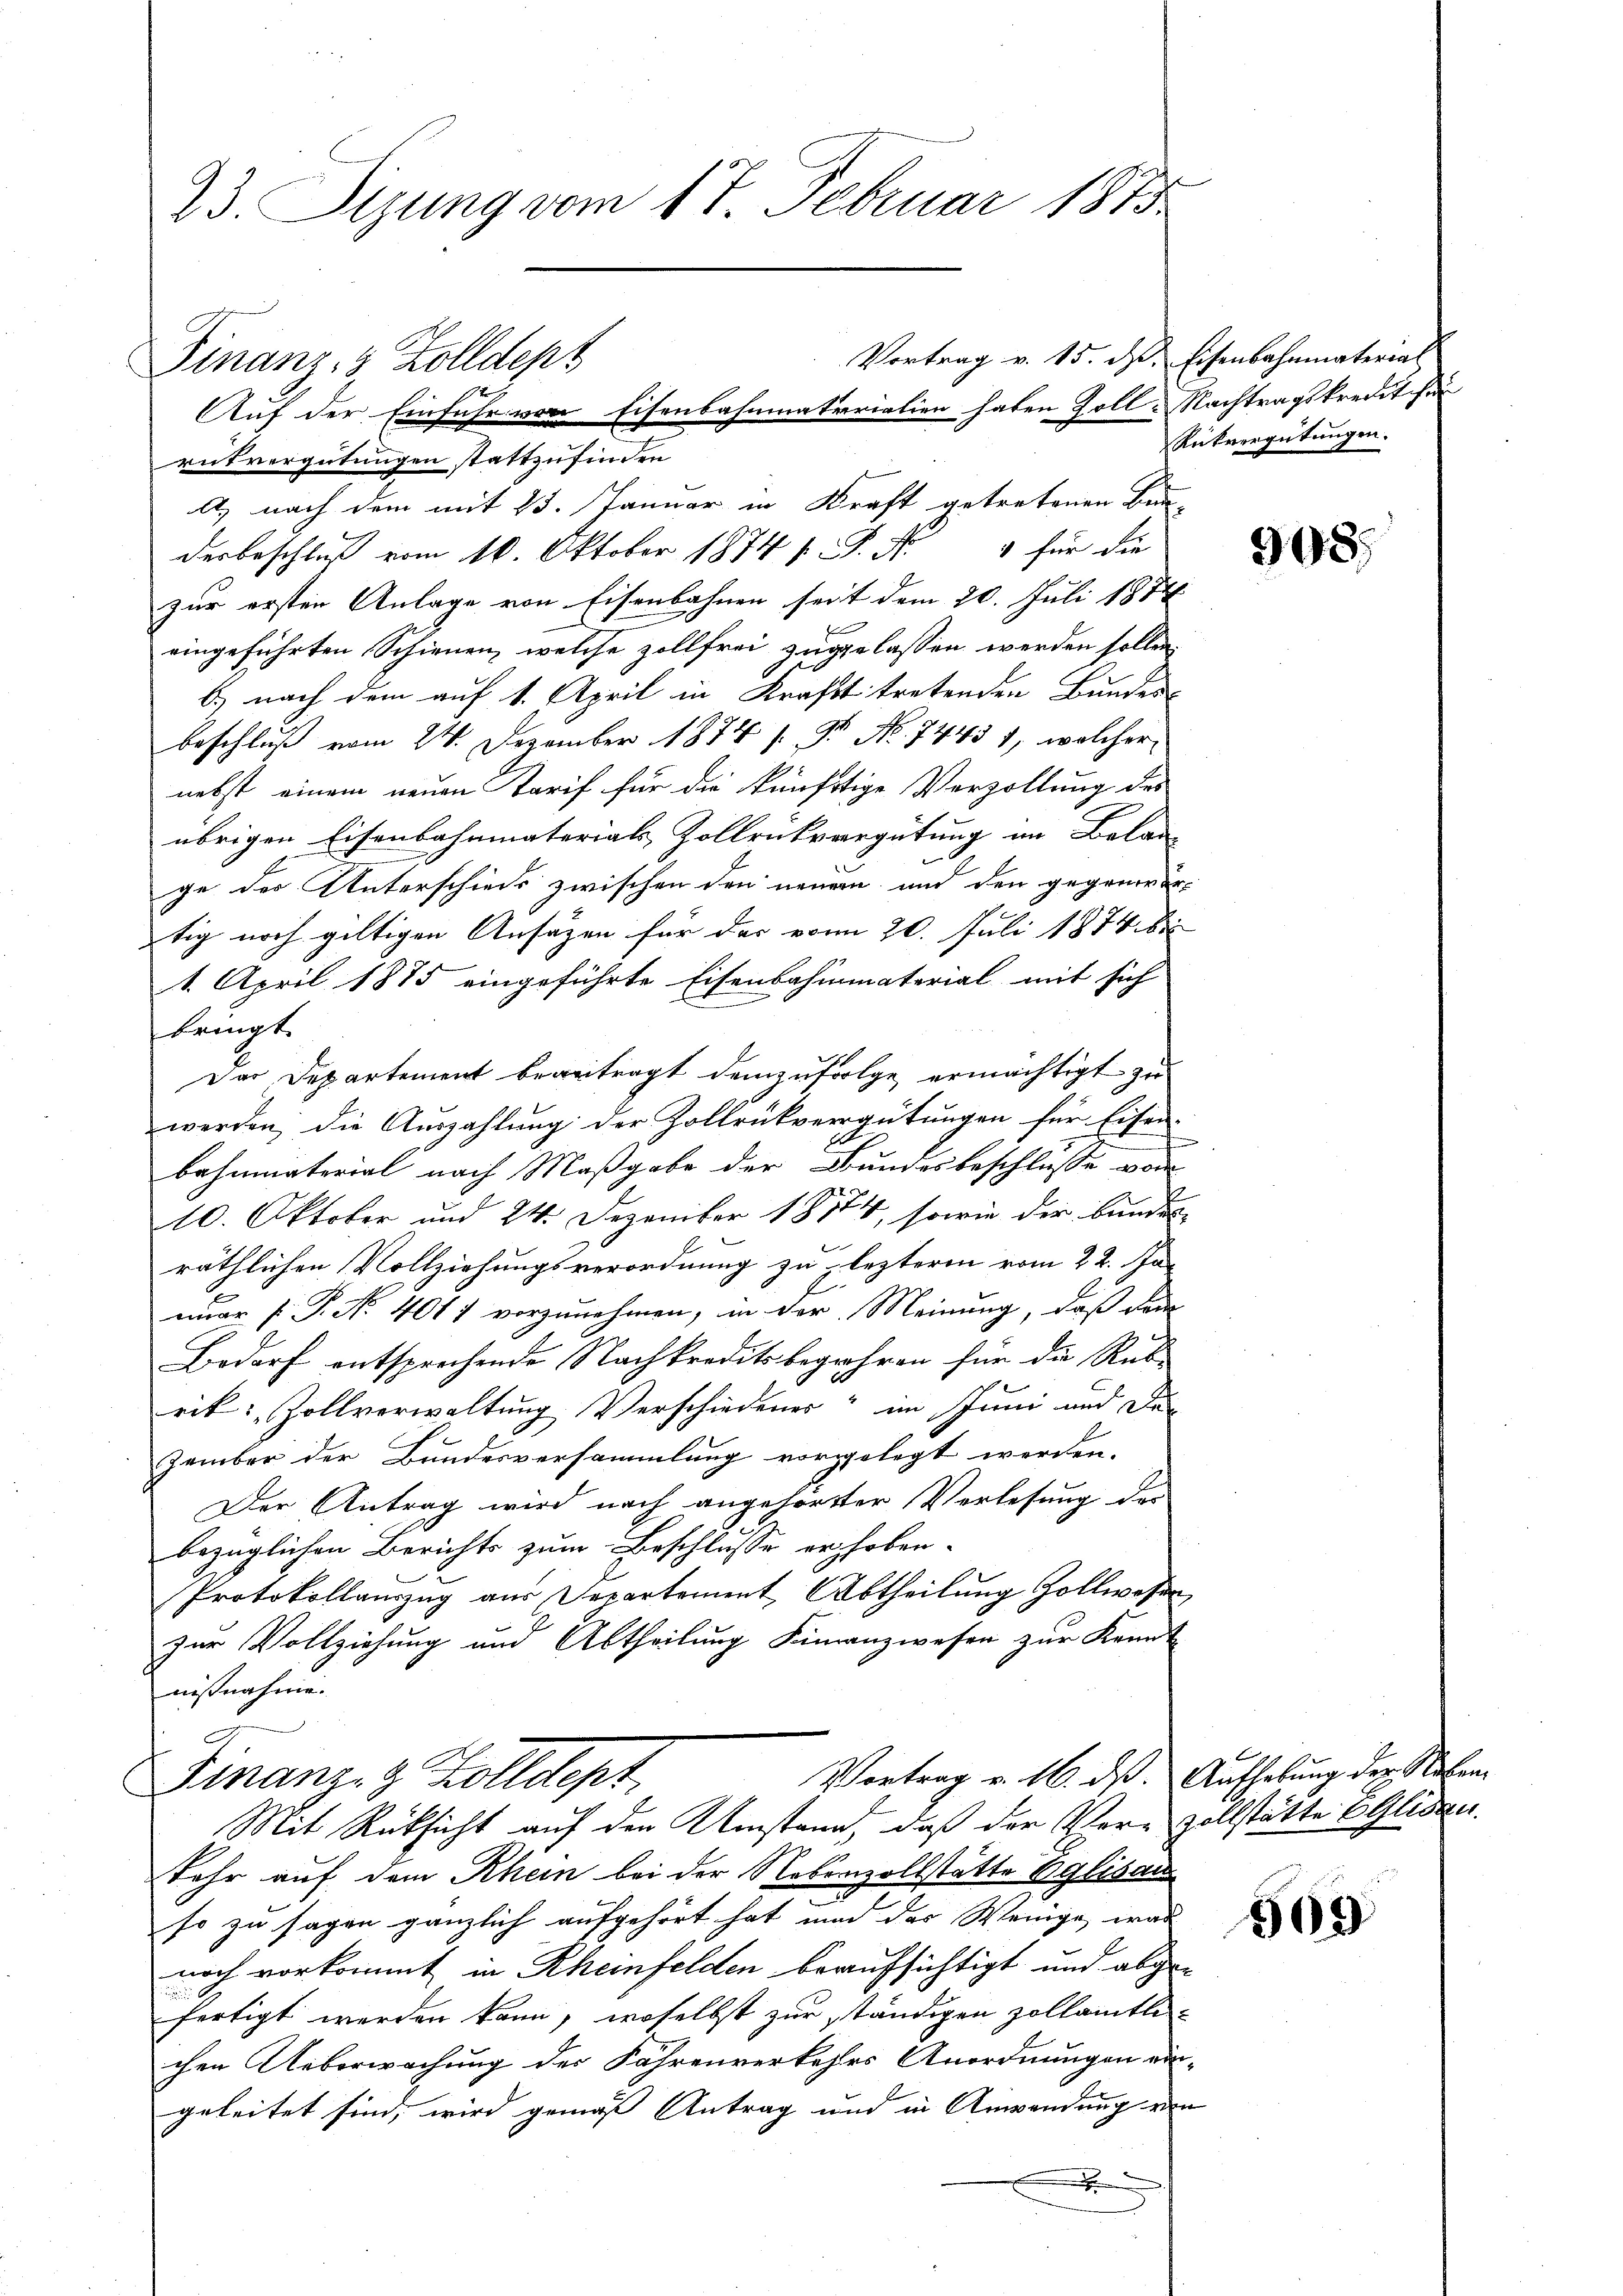
23 Sizung vom 17. Februar 1813.

Vortrag v. 15. ds. Eisenbahnmaterial
Finanz- & Zolldept
Auf der Einfuhr von Eisenbahnmaterialien haben Zoll-Nachtragskredit für

rutvergütungen stattzufinden
A.) nach dem mit 25. Januar in Kraft getretenen Bun-
derbeschluß vom 10. Oktober 1874 f. P. Nr. 4 für die
zur ersten Anlage von Eisenbahnen seit dem 20. Juli 1872
eingeführten Schienen, welche zollfrei zugelassen werden sollen,
6
b.) nach dem auf 1. April in Kraft tretenden Bundes-
beschluß vom 24. Dezember 1874 s. Fr. No. 74451, welcher
nebst einem neuen Tarif für die künftige Verzollung des
übrigen Eisenbahnmaterials Zollrükvergütung im Belan
ge der Unterschieds zwischen den neuern und den gegenwärtig noch giltigen Ansätzen für der vom 20. Juli 1874 bis
1. April 1875 eingeführte Eisenbahnmaterial mit sich
bringt.
Der Departement beantragt demzufolge ermächtigt zu
werden, die Auszahlung der Zollrükvergütungen für Eisen-
bahumaterial nach Maßgabe der Bundesbeschlusse von
i
10. Oktober und 24. Dezember 18144, sowie der bundes-
räthlichen Vollziehungsverordnung zu lezteren vom 22. Ja-
minar P. P. Nr. 401 1 vorzunehmen, in der Meinung, daß dan
Bedarf entsprechende Nachkreditsbegehren für die Rub-
rik: Zollverwaltung Verschiedener im Juni und den
zember der Bundesversammlung vorgelegt werden.
Der Antrag wird nach angehörter Verlesung des
bezüglichen Berichts zum Beschlusse erhoben.
Protokollauszug aus Departement, Abtheilung Zollwesen
zur Vollziehung und Abtheilung Finanzweser zur Kennt
nißnahme.
Vortrag v. 16. ds. Aufhebung der Neben
Finanzig Kolldept
Mit Rücksicht auf den Umstand, daß der Ver-Zollstätte 6 Gliden.
Fehr auf dem Rhein bei der Nebenzollstätte Eglisau
so zu sagen gänzlich aufgehört hat und das Wenige, was
noch vorkommt in Rheinfelden beaufsichtigt und abge-
fertigt werden kann, woselbst zur ständigen zollamtli
chen Ueberwachung der Fährenverkehrs Anordnungen eingeleitet sind, wird gemäß Antrag und in Anwendung von
x

Rückvergütungen.

9085

509